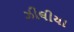
ઝીલીયા